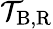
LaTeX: \mathcal{T}_{\mathrm{{B,R}}}